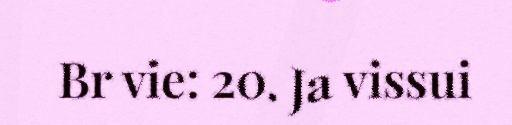
Br vie: 20. Ja vissui